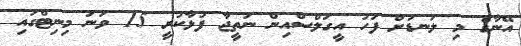
އޭނާގެ މި ލަނޑަށް ފަހު އީގަލްސްއިން ނަތީޖާ ފުޅާކުރީ 15 ވަނަ މިނިޓްގައި